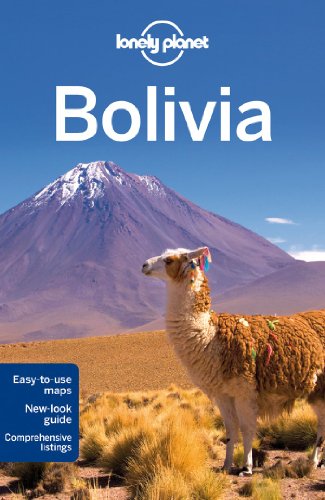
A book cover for Lonely Planet Bolivia (Travel Guide); Lonely Planet; Travel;